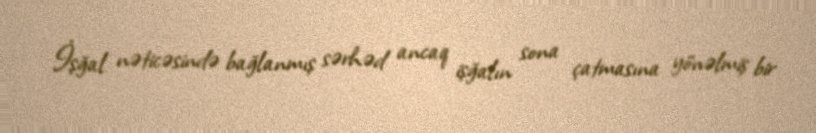
İşğal nəticəsində bağlanmış sərhəd ancaq işğalın sona çatmasına yönəlmiş bir